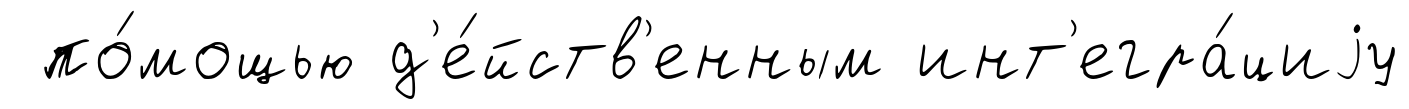
по́мощью д'е́йств'енным инт'егра́циjу